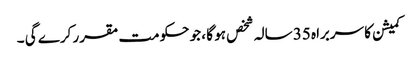
کمیشن کا سربراہ 35 سالہ شخص ہو گا ، جو حکومت مقرر کرے گی ۔